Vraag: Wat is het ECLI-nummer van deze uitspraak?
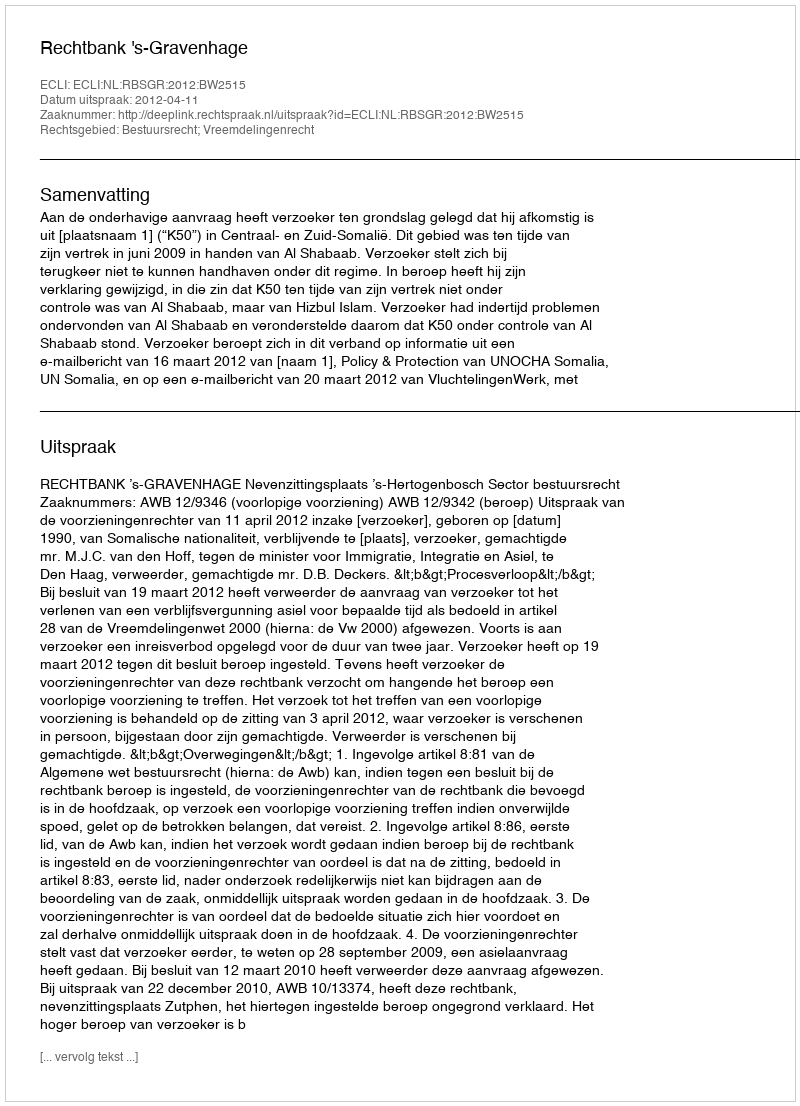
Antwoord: ECLI:NL:RBSGR:2012:BW2515